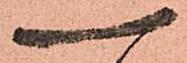
一